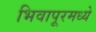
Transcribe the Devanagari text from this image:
भिवापूरमध्ये